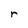
Character: r